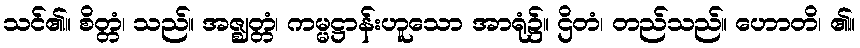
သင်၏။ စိတ္တံ၊ သည်။ အဇ္ဈတ္တံ၊ ကမ္မဋ္ဌာန်းဟူသော အာရုံ၌။ ဌိတံ၊ တည်သည်။ ဟောတိ၊ ၏။